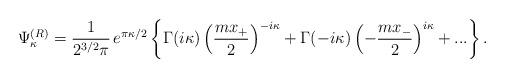
LaTeX: \begin{align*}\Psi_{\kappa}^{(R)}=\frac1{2^{3/2}\pi}\,e^{\pi\kappa/2}\left\{\Gamma(i\kappa)\left(\frac{mx_+}2\right)^{-i\kappa}+\Gamma(-i\kappa)\left(-\frac{mx_-}2\right)^{i\kappa}+...\right\}.\end{align*}